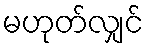
မဟုတ်လျှင်